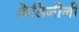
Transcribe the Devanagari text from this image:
केडिनीनी